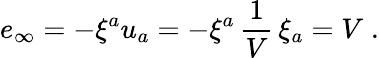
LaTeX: e_{\infty}=-\xi^{a}u_{a}=-\xi^{a}\, {\frac{1}{V}}\, \xi_{a}=V\; .